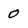
Character: 0